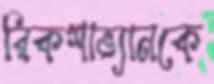
রিকশাভ্যানকে